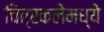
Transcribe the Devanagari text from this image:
चित्रकलेमध्ये